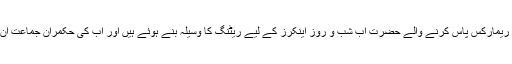
لباس کے حوالے سے بینظیر بھٹو پر ذومعنی فقرے کسنے اور بیہودہ ریمارکس پاس کرنے والے حضرت اب شب و روز اینکرز کے لیے ریٹنگ کا وسیلہ بنے ہوئے ہیں اور اب کی حکمران جماعت اُن دنوں کیا راکھ اڑاتی رہی ہے وہ بازگشت آج تک پیچھا نہیں چھوڑتی۔